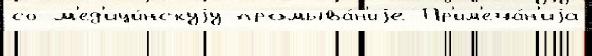
со м'ед'ици́нскуjу промыва́н'иjе Пр'им'еча́н'иjа